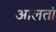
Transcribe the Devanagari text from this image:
आलतां